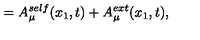
= A _ { \mu } ^ { s e l f } ( x _ { 1 } , t ) + A _ { \mu } ^ { e x t } ( x _ { 1 } , t ) ,